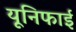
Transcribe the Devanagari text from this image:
यूनिफाई